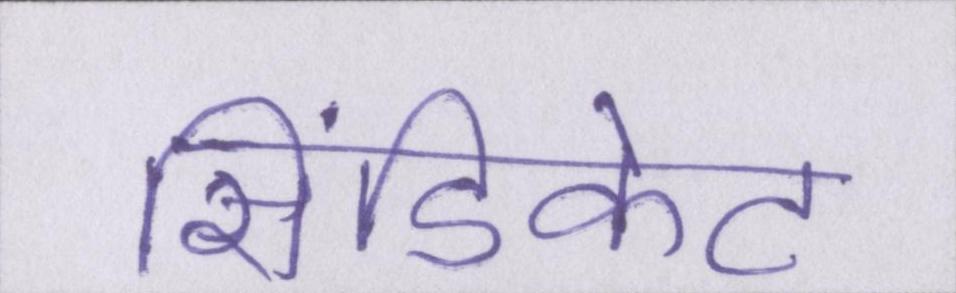
सिंडिकेट